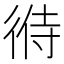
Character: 㣥